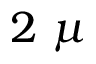
2 ~ \mu